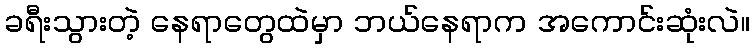
ခရီးသွားတဲ့ နေရာတွေထဲမှာ ဘယ်နေရာက အကောင်းဆုံးလဲ။